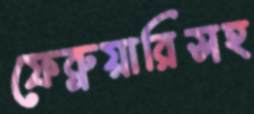
ফেব্রুয়ারিসহ